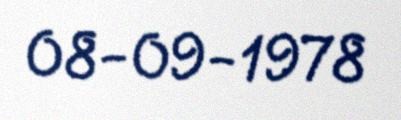
08-09-1978